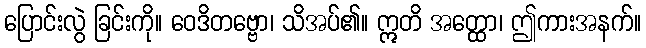
ပြောင်းလွဲ ခြင်းကို။ ဝေဒိတဗ္ဗော၊ သိအပ်၏။ ဣတိ အတ္ထော၊ ဤကားအနက်။